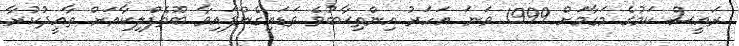
ރައީސް ކަމުގެ މަގާމަށް 1999 ވަނަ އަހަރު އިންތިޚާބުވެ ވަޑައިގެންފައިވާ ބޫތެފްލިކާއަށް ތާއީދުކުރާ